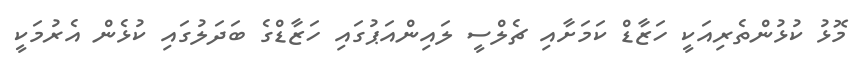
މޮޅު ކުޅުންތެރިއަކީ ހަޒާޑް ކަމަށާއި ޗެލްސީ ލައިންއަޕުގައި ހަޒާޑްގެ ބަދަލުގައި ކުޅެން އެރުމަކީ